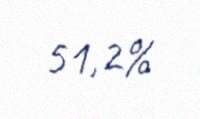
51,2%